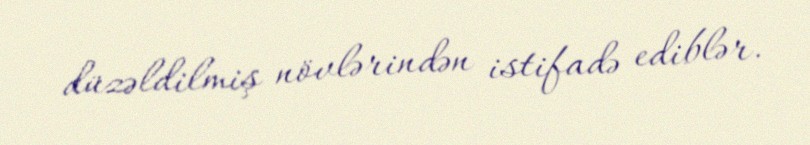
düzəldilmiş növlərindən istifadə ediblər.